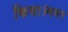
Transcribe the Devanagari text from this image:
किया।मगर